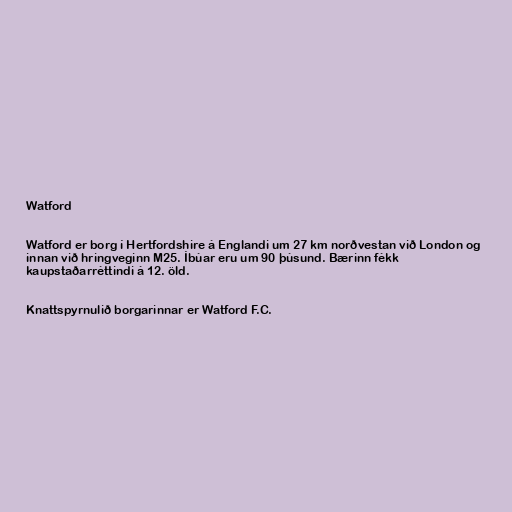
Watford

Watford er borg í Hertfordshire á Englandi um 27 km norðvestan við London og
innan við hringveginn M25. Íbúar eru um 90 þúsund. Bærinn fékk
kaupstaðarréttindi á 12. öld.

Knattspyrnulið borgarinnar er Watford F.C.